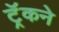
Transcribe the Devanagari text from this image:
ट्रॅकने